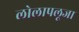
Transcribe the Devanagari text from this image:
लोलापलूजा